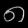
Digit: ၈